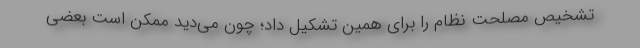
تشخیص مصلحت نظام را برای همین تشکیل داد؛ چون می‌دید ممکن است بعضی